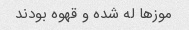
موزها له شده و قهوه بودند